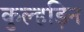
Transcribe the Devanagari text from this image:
कुल्‍हड़िन